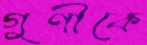
গুণীকে